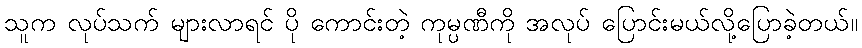
သူက လုပ်သက် များလာရင် ပို ကောင်းတဲ့ ကုမ္ပဏီကို အလုပ် ပြောင်းမယ်လို့ပြောခဲ့တယ်။